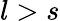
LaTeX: l>s